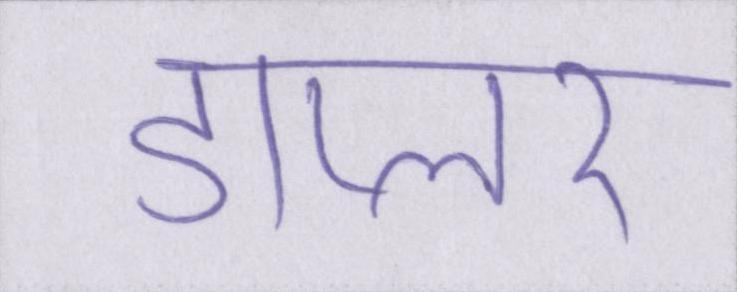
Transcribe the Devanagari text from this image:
डाप्लर